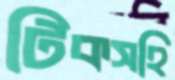
টিকসহি